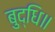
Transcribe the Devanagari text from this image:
बुद्धि॥